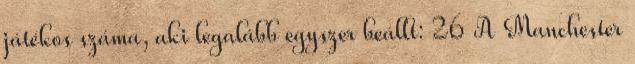
játékos száma, aki legalább egyszer beállt: 26 A Manchester